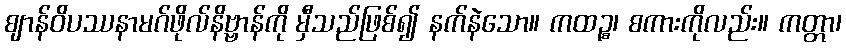
ဈာန်ဝိပဿနာမဂ်ဖိုလ်နိဗ္ဗာန်ကို မှီသည်ဖြစ်၍ နက်နဲသော။ ကထဉ္စ၊ စကားကိုလည်း။ ကတ္တာ၊